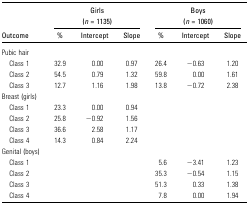
<table><thead><tr><td></td><td colspan="3"><b>Girls (<i>n</i> = 1135)</b></td><td colspan="3"><b>Boys (<i>n</i> = 1060)</b></td></tr><tr><td><b>Outcome</b></td><td><b>%</b></td><td><b>Intercept</b></td><td><b>Slope</b></td><td><b>%</b></td><td><b>Intercept</b></td><td><b>Slope</b></td></tr></thead><tbody><tr><td>Pubic hair</td><td></td><td></td><td></td><td></td><td></td><td></td></tr><tr><td> Class 1</td><td>32.9</td><td>0.00</td><td>0.97</td><td>26.4</td><td>−0.63</td><td>1.20</td></tr><tr><td> Class 2</td><td>54.5</td><td>0.79</td><td>1.32</td><td>59.8</td><td>0.00</td><td>1.61</td></tr><tr><td> Class 3</td><td>12.7</td><td>1.16</td><td>1.98</td><td>13.8</td><td>−0.72</td><td>2.38</td></tr><tr><td>Breast (girls)</td><td></td><td></td><td></td><td></td><td></td><td></td></tr><tr><td> Class 1</td><td>23.3</td><td>0.00</td><td>0.94</td><td></td><td></td><td></td></tr><tr><td> Class 2</td><td>25.8</td><td>−0.92</td><td>1.56</td><td></td><td></td><td></td></tr><tr><td> Class 3</td><td>36.6</td><td>2.58</td><td>1.17</td><td></td><td></td><td></td></tr><tr><td> Class 4</td><td>14.3</td><td>0.84</td><td>2.24</td><td></td><td></td><td></td></tr><tr><td>Genital (boys)</td><td></td><td></td><td></td><td></td><td></td><td></td></tr><tr><td> Class 1</td><td></td><td></td><td></td><td>5.6</td><td>−3.41</td><td>1.23</td></tr><tr><td> Class 2</td><td></td><td></td><td></td><td>35.3</td><td>−0.54</td><td>1.15</td></tr><tr><td> Class 3</td><td></td><td></td><td></td><td>51.3</td><td>0.33</td><td>1.38</td></tr><tr><td> Class 4</td><td></td><td></td><td></td><td>7.8</td><td>0.00</td><td>1.94</td></tr></tbody></table>